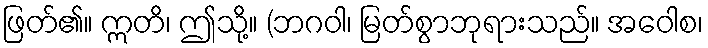
ဖြတ်၏။ ဣတိ၊ ဤသို့။ (ဘဂဝါ၊ မြတ်စွာဘုရားသည်။ အဝေါစ၊